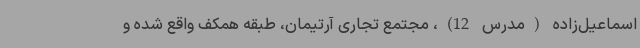
اسماعیل‌زاده (مدرس 12)، مجتمع تجاری آرتیمان، طبقه همکف واقع شده و